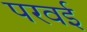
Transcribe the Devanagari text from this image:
परवई